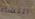
النساء